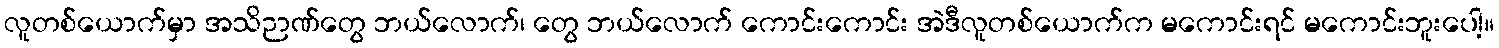
လူတစ်ယောက်မှာ အသိဉာဏ်တွေ ဘယ်လောက်၊ တွေ ဘယ်လောက် ကောင်းကောင်း အဲဒီလူတစ်ယောက်က မကောင်းရင် မကောင်းဘူးပေါ့။